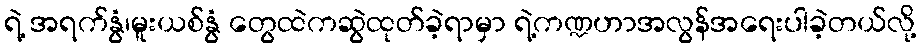
ရဲ့ အရက်နွံ၊မူးယစ်နွံ တွေထဲကဆွဲထုတ်ခဲ့ရာမှာ ရဲ့ကဏ္ဍဟာအလွန်အရေးပါခဲ့တယ်လို့